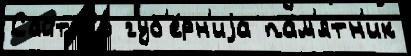
Сайт Со губ'е́рн'иjа па́м'ятн'ик